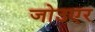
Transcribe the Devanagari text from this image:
जोउएर